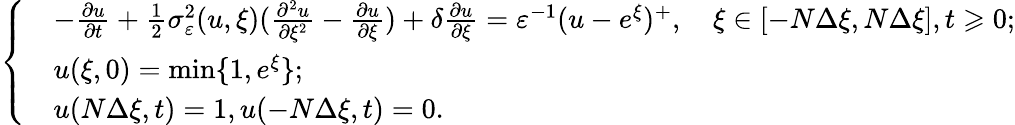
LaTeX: \left\{ \begin{array}{rl}&{-\frac{{\partial}u}{{\partial}t}+\frac{1}{2}\sigma_{\varepsilon}^{2}(u,\xi)(\frac{{\partial}^{2}u}{{\partial}\xi^{2}}-\frac{{\partial}u}{{\partial}\xi})+\delta\frac{{\partial}u}{{\partial}\xi}=\varepsilon^{-1}(u-e^{\xi})^{+},\quad\xi\in[-N\Delta\xi,N\Delta\xi],t\geqslant 0;}\\ &{u(\xi,0)=\operatorname*{min}\{ 1,e^{\xi}\} ;}\\ &{u(N\Delta\xi,t)=1,u(-N\Delta\xi,t)=0.}\end{array}\right.